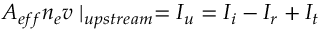
A _ { e f f } n _ { e } v \mid _ { u p s t r e a m } = I _ { u } = I _ { i } - I _ { r } + I _ { t }